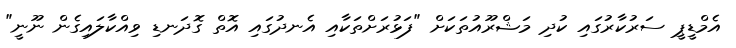
އެމްޑީޕީ ސަރުކާރުގައި ކުދި މަޝްރޫއުތަކަށް "ފަޅުރަށްތަކާއި އެނދުގައި އޮތް ގޮދަނޑި ވިއްކާލައިގެން ނޫނީ"